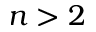
n > 2